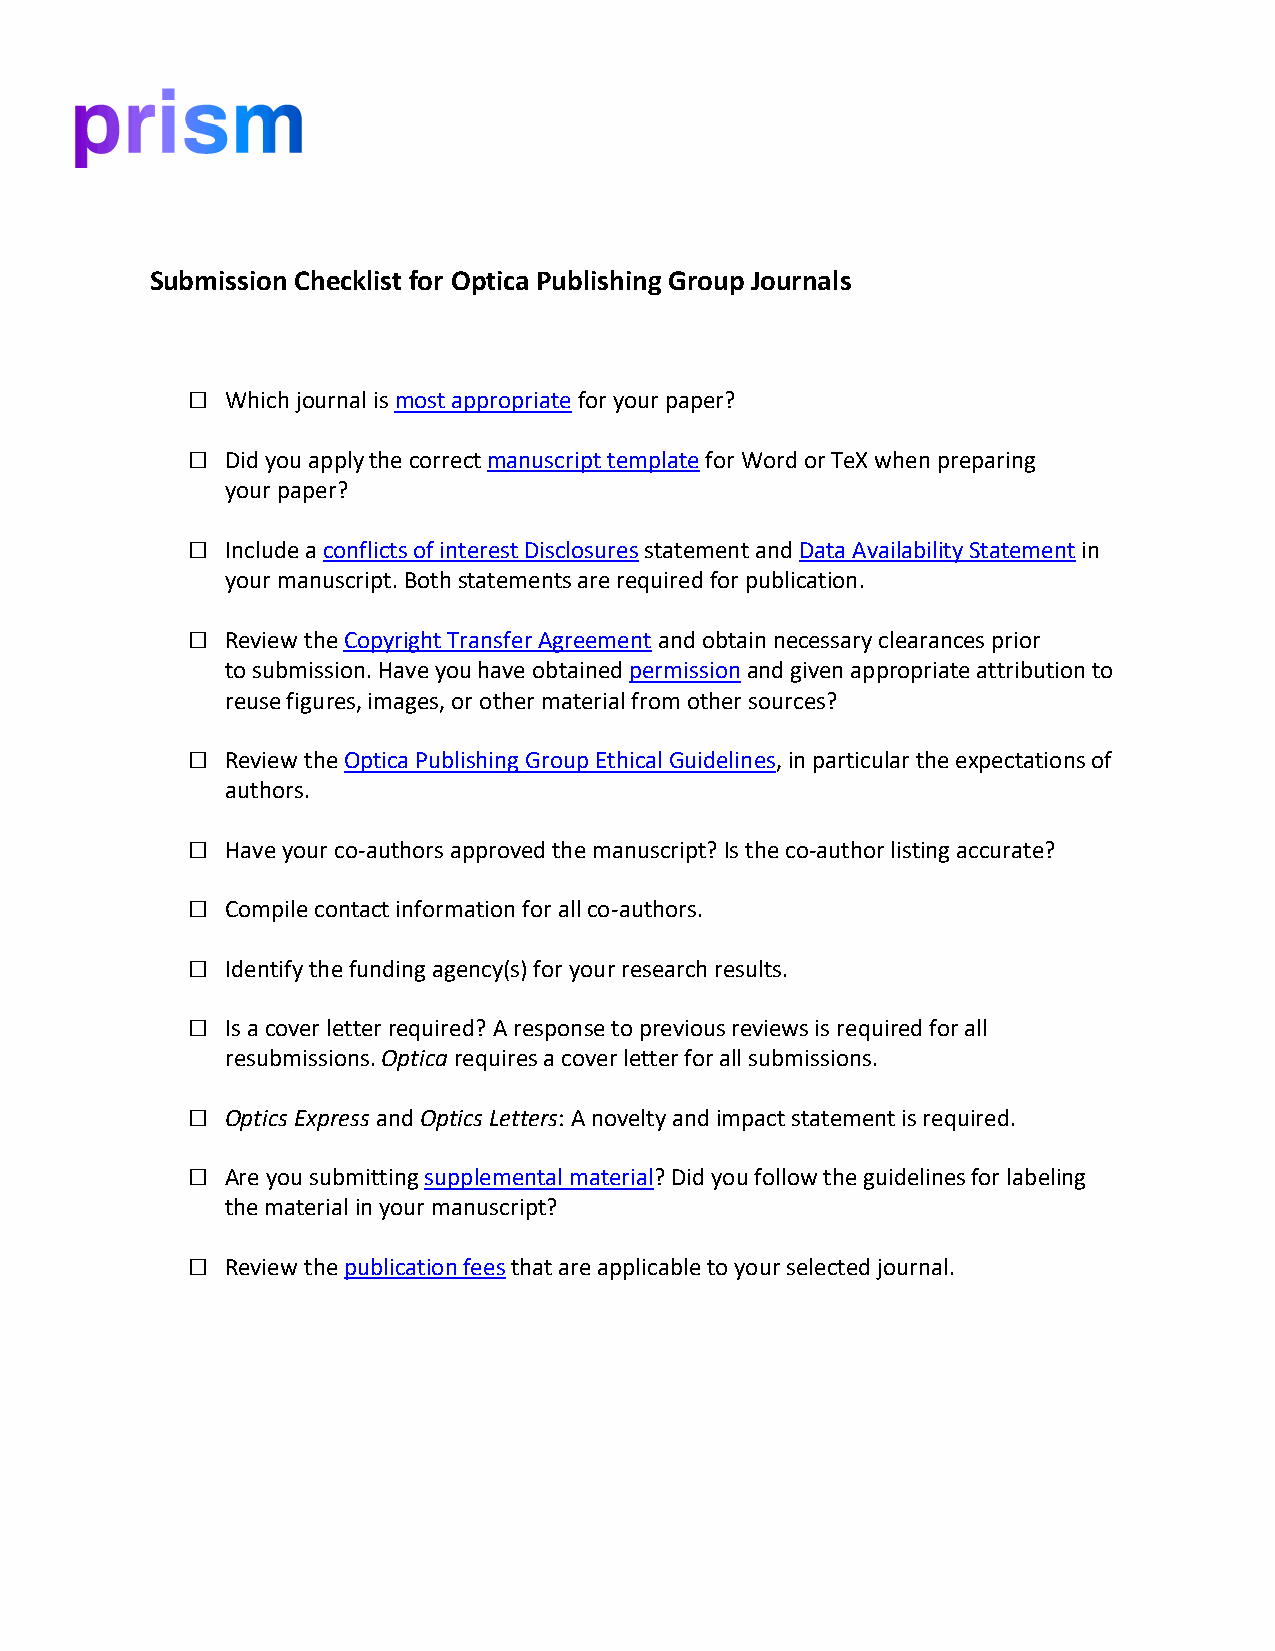
Submission Checklist for Optica Publishing Group Journals
 □  Which journal is most appropriate for your paper?
 □  Did you apply the correct manuscript template for Word or TeX when preparing
 your paper?
 □  Include a conflicts of interest Disclosures statement and Data Availability Statement in
 your manuscript. Both statements are required for publication.
 □  Review the Copyright Transfer Agreement and obtain necessary clearances prior
 to submission. Have you have obtained permission and given appropriate attribution to
 reuse figures, images, or other material from other sources?
 □  Review the Optica Publishing Group Ethical Guidelines, in particular the expectations of
 authors.
 □  Have your co-authors approved the manuscript? Is the co-author listing accurate?
 □  Compile contact information for all co-authors.
 □  Identify the funding agency(s) for your research results.
 □  Is a cover letter required? A response to previous reviews is required for all
 resubmissions. Optica requires a cover letter for all submissions.
 □  Optics Express and Optics Letters: A novelty and impact statement is required.
 □  Are you submitting supplemental material? Did you follow the guidelines for labeling
 the material in your manuscript?
 □  Review the publication fees that are applicable to your selected journal.